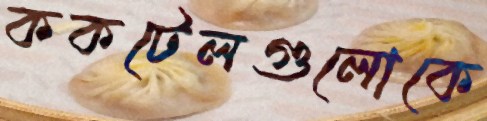
ককটেলগুলোকে